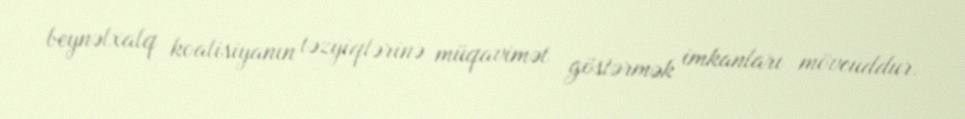
beynəlxalq koalisiyanın təzyiqlərinə müqavimət göstərmək imkanları mövcuddur.